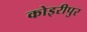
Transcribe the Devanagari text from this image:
कोइरीपुर